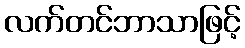
လက်တင်ဘာသာဖြင့်